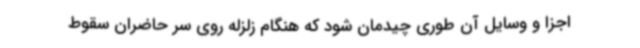
اجزا و وسایل آن طوری چیدمان شود که هنگام زلزله روی سر حاضران سقوط